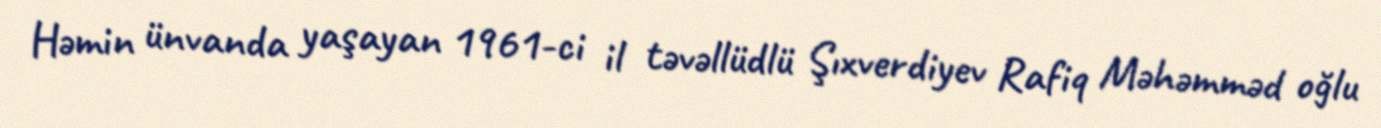
Həmin ünvanda yaşayan 1961-ci il təvəllüdlü Şıxverdiyev Rafiq Məhəmməd oğlu